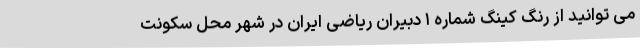
می توانید از رنگ کینگ شماره ۱ دبیران ریاضی ایران در شهر محل سکونت